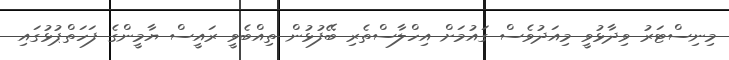
މިނިސްޓަރު ވިދާޅުވީ މިއަދުވެސް ގައުމަށް އިހްލާސްތެރި ބޭފުޅުން ތިއްބެވީ ރައީސް ޔާމީންގެ ފަހަތްޕުޅުގައި